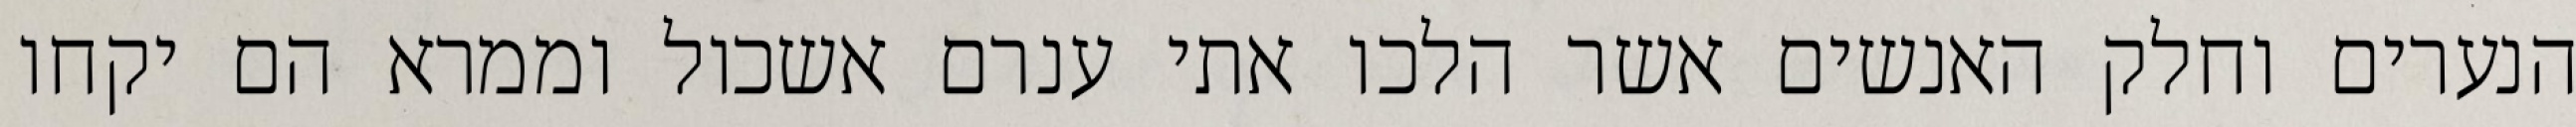
הנערים וחלק האנשים אשר הלכו אתי ענרם אשכול וממרא הם יקחו